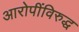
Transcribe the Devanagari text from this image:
आरोपींविरुद्ध